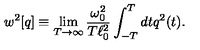
w ^ { 2 } [ q ] \equiv \lim _ { T \rightarrow \infty } { \frac { \omega _ { 0 } ^ { 2 } } { T \ell _ { 0 } ^ { 2 } } } \int _ { - T } ^ { T } d t q ^ { 2 } ( t ) .